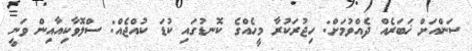
ސަންއަށް ޚަބަރެއް ދެއްވުމަށް: ހިޖުރަކުރާ މީހެއްގެ ކޮނޑުގައި ކުޑަ ކުއްޖެއް: ސްލޮވާކިއާއިން ވަނީ